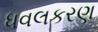
ધવલકરણ